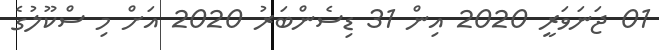
01 ޖަނަވަރީ 2020 އިން 31 ޑިސެންބަރު 2020 އަށް މި ސްކޫލުގެ